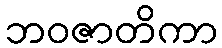
ဘဝဇာတိကာ